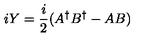
i Y = \frac { i } { 2 } ( A ^ { \dagger } B ^ { \dagger } - A B )